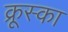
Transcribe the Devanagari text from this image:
क्रूस्का